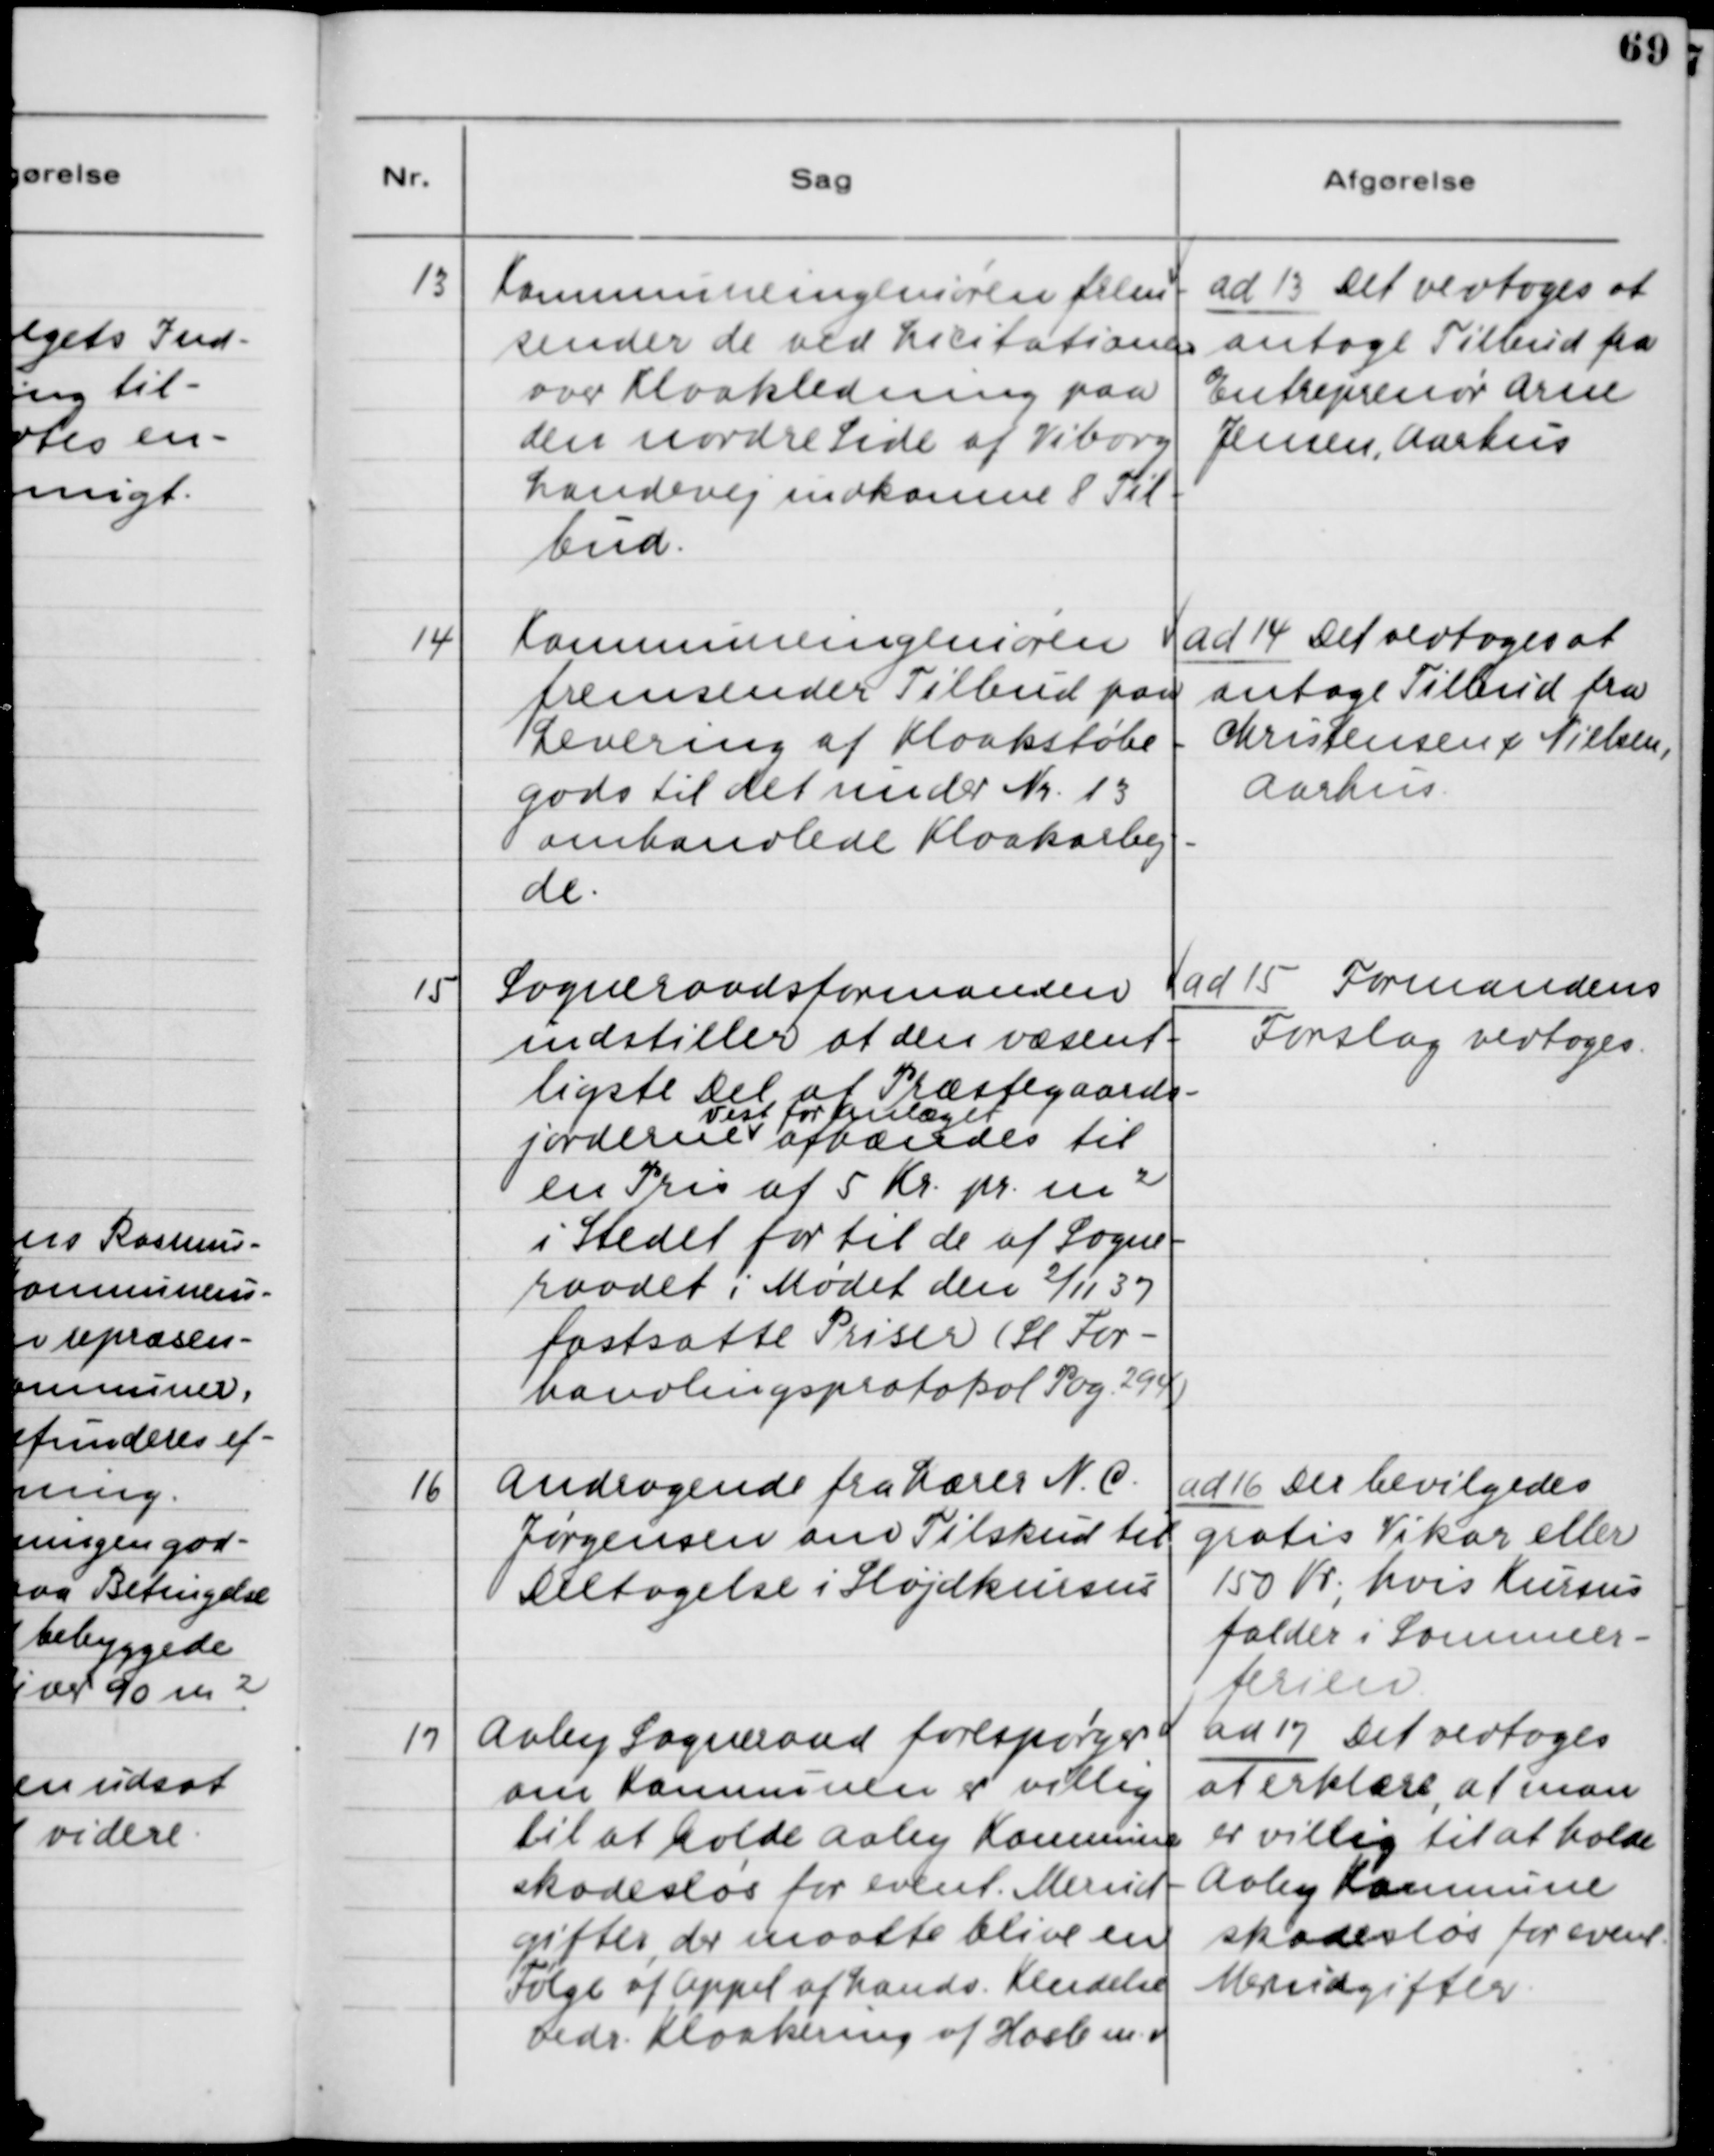
Transskription:
13. Kommuneingeniøren frem
sender de ved Licitationen
over Kloakledning paa
den nordre Side af Viborg
Landevej indkomne 8 Til-
bud.

ad 13. Det vedtoges at
antage Tilbud fra
Entreprenør Arne
Jensen, Aarhus.

14. Kommuneingeniøren
fremsender Tilbud paa
Levering af Kloakstøbe-
gods til det under Nr. 13
omhandlede Kloakarbej-
de.

ad 14. Det vedtoges at
antage Tilbud fra
Christensen & Nielsen,
Aarhus.

15. Sogneraadsformanden
indstiller at den væsent-
ligste Del af Præstegaards-
jorderne Vest for Anlæget afvandes til
en Pris af 5 Kr. pr. m2
i Stedet for til de af Sogne-
raadet i Mødet den 2/11 37
fastsatte Priser )H. For-
handlingsprotokol Pag. 294)

ad 15. Formandens
Forslag vedtoges.

16. Andragende fra Lærer N. C.
Jørgensen om Tilskud til
Deltagelse i Sløjdkursus

ad 16. Der bevilges
gratis Vikar eller
150 Kr., hvis Kursus
falder i Sommer-
ferien.

17. Aaby Sogneraad forespørger
om Kommunen er villig
til at holde Aaby Kommune
skadeløs for event. Merud-
gifter, der maatte blive en
Følge af Appel af Lands. Kendelse
vedr. Kloakering af Hasle m.v.

ad 17. Det vedtoges
at erklære, at man
er villig til at holde
Aaby Kommune
skadesløs for event.
Merudgifter.